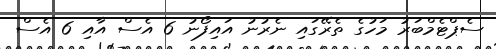
ސެޕްޓެމްބަރު މަހުގެ ތެރޭގައި ނެރުނު އައިފޯނު 6 އެސް އާއި 6 އެސް